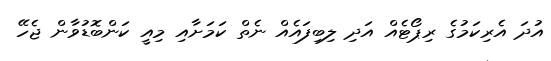
އުދަ އެރިކަމުގެ ރިޕޯޓެއް އަދި ލިބިފައެއް ނެތް ކަމަށާއި މިއީ ކަންބޮޑުވާން ޖެހޭ